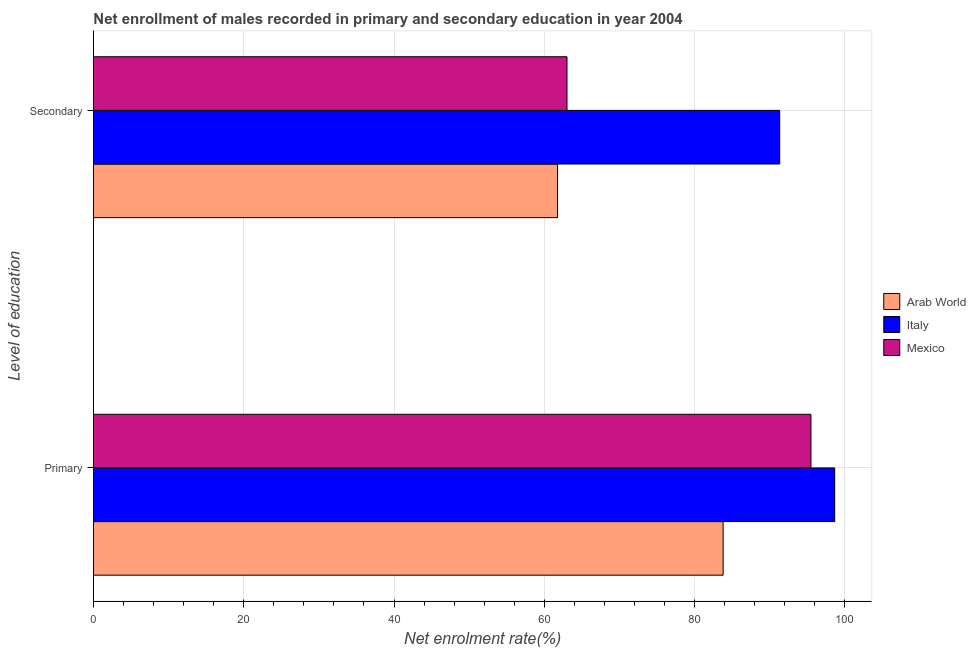
| Level of education | Arab World | Italy | Mexico |
 | --- | --- | --- | --- |
 | Primary | 83.8 | 98.6 | 95.5 |
 | Secondary | 61.8 | 91.3 | 63 |